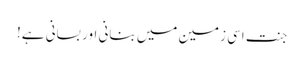
جنت اسی زمین میں بنانی اور بسانی ہے!